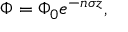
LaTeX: \Phi = \Phi _ { 0 } e ^ { - n \sigma z } ,